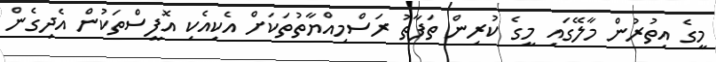
މީގެ އިތުރުން މާލޭގައި މީގެ ކުރިން ތަފާތު ރަސްމިއްޔާތުތަކަށް އެކިއެކި އޮފީސްތަކުން އެދިގެން